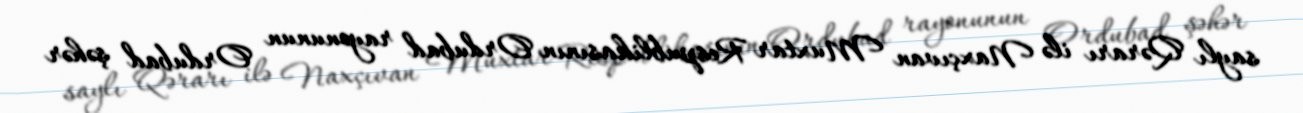
saylı Qərarı ilə Naxçıvan Muxtar Respublikasının Ordubad rayonunun Ordubad şəhər